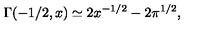
\Gamma ( - 1 / 2 , x ) \simeq 2 x ^ { - 1 / 2 } - 2 \pi ^ { 1 / 2 } ,